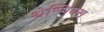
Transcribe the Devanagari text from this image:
थेस्पियस